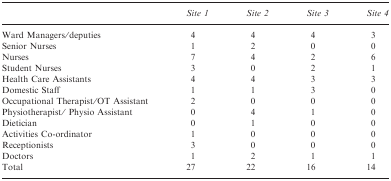
<table><thead><tr><td></td><td><b>Site 1</b></td><td><b>Site 2</b></td><td><b>Site 3</b></td><td><b>Site 4</b></td></tr></thead><tbody><tr><td>Ward Managers/deputies</td><td>4</td><td>4</td><td>4</td><td>3</td></tr><tr><td>Senior Nurses</td><td>1</td><td>2</td><td>0</td><td>0</td></tr><tr><td>Nurses</td><td>7</td><td>4</td><td>2</td><td>6</td></tr><tr><td>Student Nurses</td><td>3</td><td>0</td><td>2</td><td>1</td></tr><tr><td>Health Care Assistants</td><td>4</td><td>4</td><td>3</td><td>3</td></tr><tr><td>Domestic Staff</td><td>1</td><td>1</td><td>3</td><td>0</td></tr><tr><td>Occupational Therapist/OT Assistant</td><td>2</td><td>0</td><td>0</td><td>0</td></tr><tr><td>Physiotherapist/ Physio Assistant</td><td>0</td><td>4</td><td>1</td><td>0</td></tr><tr><td>Dietician</td><td>0</td><td>1</td><td>0</td><td>0</td></tr><tr><td>Activities Co-ordinator</td><td>1</td><td>0</td><td>0</td><td>0</td></tr><tr><td>Receptionists</td><td>3</td><td>0</td><td>0</td><td>0</td></tr><tr><td>Doctors</td><td>1</td><td>2</td><td>1</td><td>1</td></tr><tr><td>Total</td><td>27</td><td>22</td><td>16</td><td>14</td></tr></tbody></table>